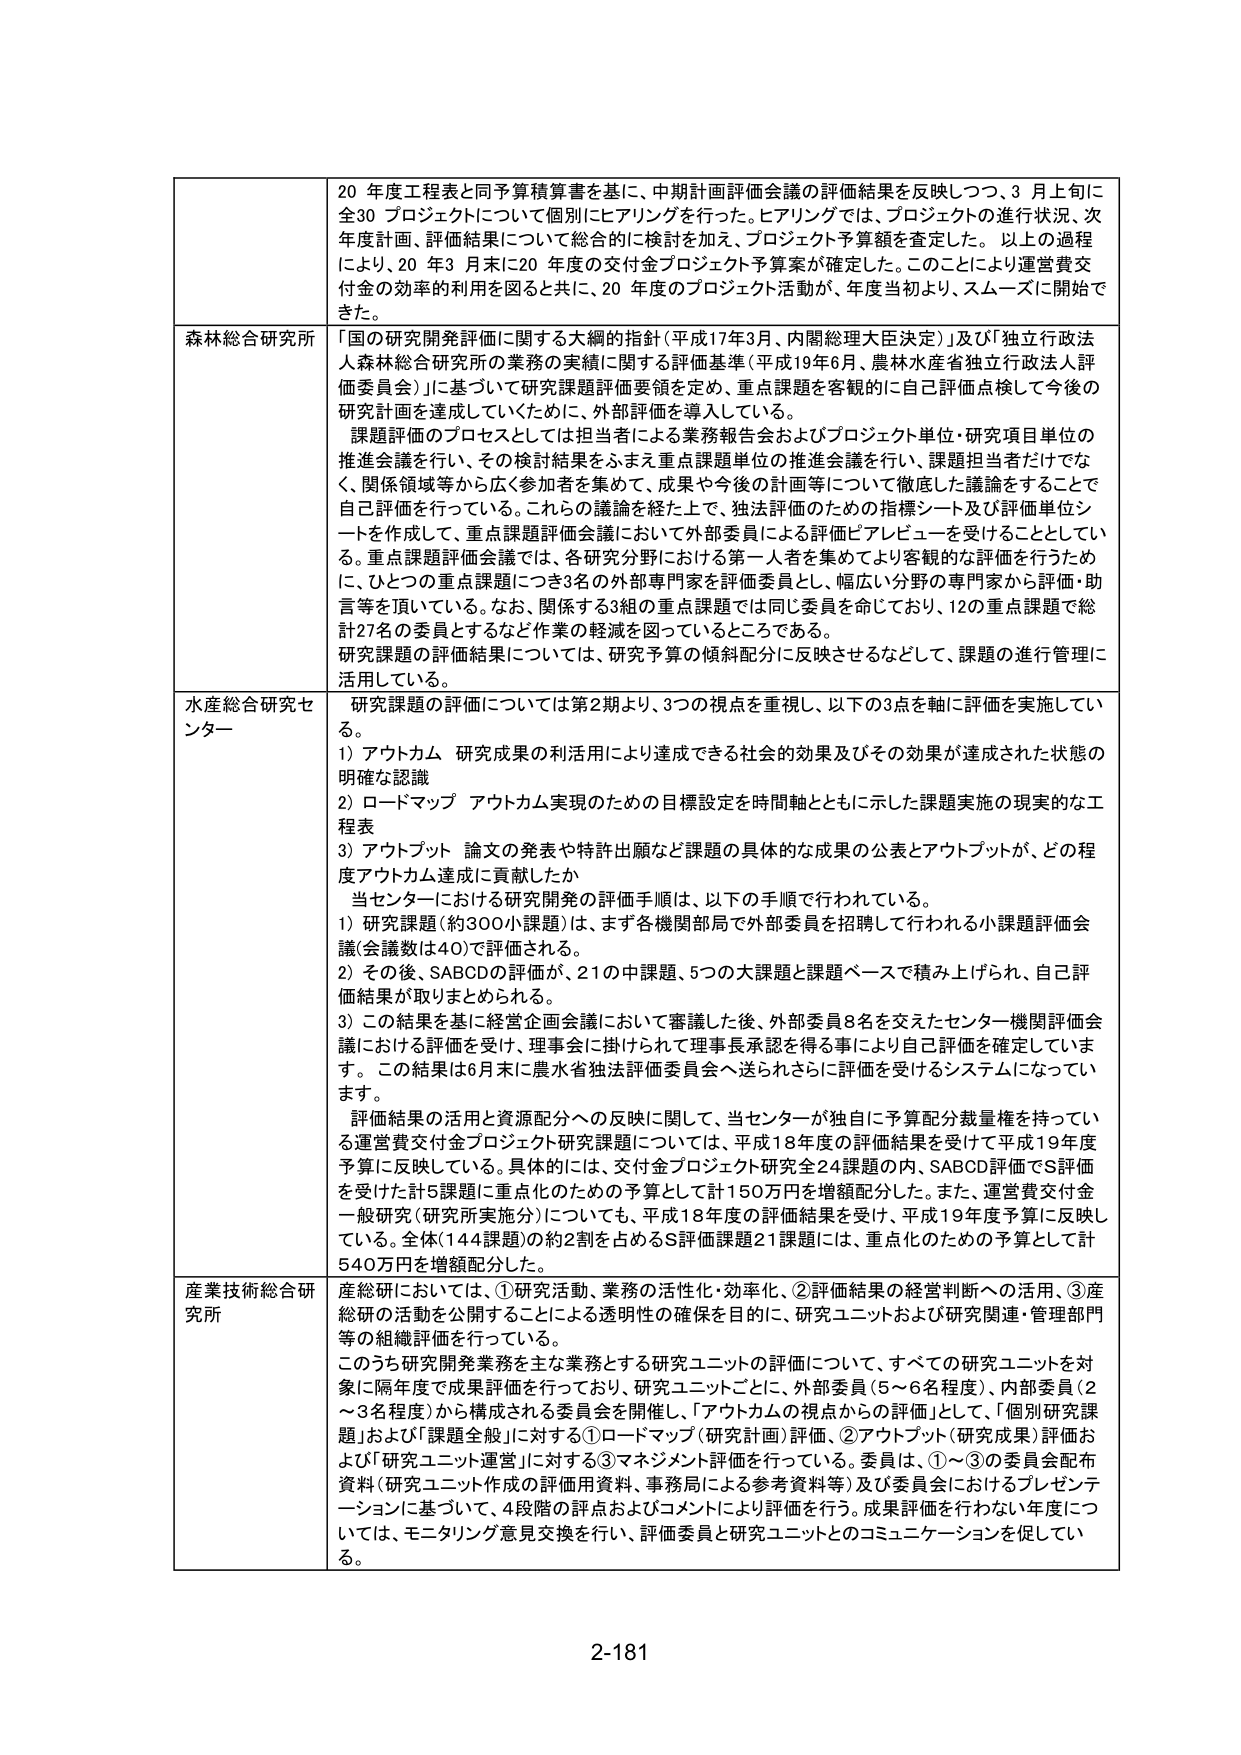
20 年度工程表と同予算積算書を基に、中期計画評価会議の評価結果を反映しつつ、3 月上旬に全30 プロジェクトについて個別にヒアリングを行った。ヒアリングでは、プロジェクトの進行状況、次年度計画、評価結果について総合的に検討を加え、プロジェクト予算額を査定した。以上の過程により、20 年3 月末に20 年度の交付金プロジェクト予算案が確定した。このことにより運営費交付金の効率的利用を図ると共に、20 年度のプロジェクト活動が、年度当初より、スムーズに開始できた。

森林総合研究所
「国の研究開発評価に関する大綱的指針（平成17年3月、内閣総理大臣決定）」及び「独立行政法人森林総合研究所の業務の実績に関する評価基準（平成19年6月、農林水産省独立行政法人評価委員会）」に基づいて研究課題評価要領を定め、重点課題を客観的に自己評価点検して今後の研究計画を達成していくために、外部評価を導入している。
課題評価のプロセスとしては担当者による業務報告会およびプロジェクト単位・研究項目単位の推進会議を行い、その検討結果をふまえ重点課題単位の推進会議を行い、課題担当者だけでなく、関係領域等から広く参加者を集めて、成果や今後の計画等について徹底した議論をすることで自己評価を行っている。これらの議論を経た上で、独法評価のための指標シート及び評価単位シートを作成して、重点課題評価会議において外部委員による評価ヒアリビューを受けている。重点課題評価会議では、各研究分野における第一人者を集めてより客観的な評価を行うために、ひとつの重点課題につき3名の外部専門家を評価委員とし、幅広い分野の専門家から評価・助言等を頂いている。なお、関係する3組の重点課題では同じ委員を命じており、12の重点課題で総計27名の委員とするなど作業の軽減を図っているところである。
研究課題の評価結果については、研究予算の傾斜配分に反映させるなどして、課題の進行管理に活用している。

水産総合研究センター
研究課題の評価については第2期より、3つの視点を重視し、以下の3点を軸に評価を実施している。
1）アウトカム 研究成果の利活用により達成できる社会的効果及びその効果が達成された状態の明確な認識
2）ロードマップ アウトカム実現のための目標設定を時間軸とともに示した課題実施の現実的な工程表
3）アウトプット 論文の発表や特許出願など課題の具体的な成果の公表とアウトプットが、どの程度アウトカム達成に貢献したか
当センターにおける研究開発の評価手順は、以下の手順で行われている。
1）研究課題（約300小課題）は、まず各機関部局で外部委員を招聘して行われる小課題評価会議（会議数は40）で評価される。
2）その後、SABCDの評価が、21の中課題、5つの大課題と課題ベースで積み上げられ、自己評価結果が取りまとめられる。
3）この結果を基に経営企画会議において審議した後、外部委員8名を交えたセンター機関評価会議における評価を受け、理事会に掛けられて理事長承認を得る事により自己評価を確定しています。この結果は6月末に農水省独法評価委員会へ送られさらに評価を受けるシステムになっています。
評価結果の活用と資源配分への反映に関して、当センターが独自に予算配分裁量権を持っている運営費交付金プロジェクト研究課題については、平成18年度の評価結果を受けて平成19年度予算に反映している。具体的には、交付金プロジェクト研究全24課題の内、SABCD評価でS評価を受けた計5課題に重点化のための予算として計150万円を増額配分した。また、運営費交付金一般研究（研究所実施分）についても、平成18年度の評価結果を受け、平成19年度予算に反映している。全体（144課題）の約2割を占めるS評価課題21課題には、重点化のための予算として計540万円を増額配分した。

産業技術総合研究所
産総研においては、①研究活動、業務の活性化・効率化、②評価結果の経営判断への活用、③産総研の活動を公開することによる透明性の確保を目的に、研究ユニットおよび研究関連・管理部門等の組織評価を行っている。
このうち研究開発業務を主な業務とする研究ユニットの評価について、すべての研究ユニットを対象に隔年度で成果評価を行っており、研究ユニットごとに、外部委員（5～6名程度）、内部委員（2～3名程度）から構成される委員会を開催し、「アウトカムの視点からの評価」として、「個別研究課題」および「課題全般」に対する①ロードマップ（研究企画）評価、②アウトプット（研究成果）評価および「研究ユニット運営」に対する③マネジメント評価を行っている。委員は、①～③の委員会配布資料（研究ユニット作成の評価用資料、事務局による参考資料等）及び委員会におけるプレゼンテーションに基づいて、4段階の評点およびコメントにより評価を行う。成果評価を行わない年度については、モニタリング意見交換を行い、評価委員と研究ユニットとのコミュニケーションを促している。

2-181